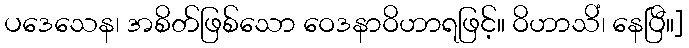
ပဒေသေန၊ အစိတ်ဖြစ်သော ဝေဒနာဝိဟာရဖြင့်။ ဝိဟာသိံ၊ နေပြီ။]